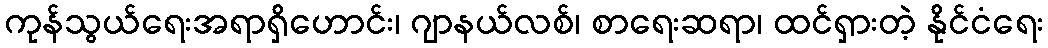
ကုန်သွယ်ရေးအရာရှိဟောင်း၊ ဂျာနယ်လစ်၊ စာရေးဆရာ၊ ထင်ရှားတဲ့ နိုင်ငံရေး